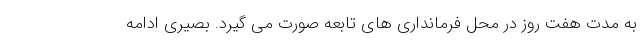
به مدت هفت روز در محل فرمانداری های تابعه صورت می گیرد. بصیری ادامه